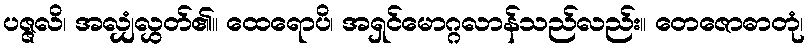
ပဇ္ဇလိ၊ အလျှံလွှတ်၏။ ထေရောပိ၊ အရှင်မောဂ္ဂလာန်သည်လည်း။ တေဇောဓာတုံ၊